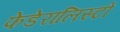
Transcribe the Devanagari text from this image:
फेडेरालिस्टों